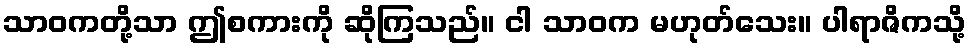
သာဝကတို့သာ ဤစကားကို ဆိုကြသည်။ ငါ သာဝက မဟုတ်သေး။ ပါရာဇိကသို့